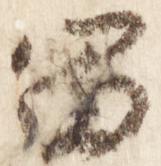
富